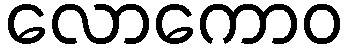
လောကောဝ